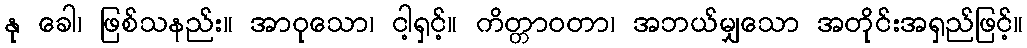
နု ခေါ၊ ဖြစ်သနည်း။ အာဝုသော၊ ငါ့ရှင့်။ ကိတ္တာဝတာ၊ အဘယ်မျှသော အတိုင်းအရှည်ဖြင့်။